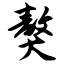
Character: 獒